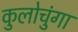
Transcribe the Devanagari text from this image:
कुलोचुंगा